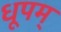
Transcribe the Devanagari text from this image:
धूपम्‌